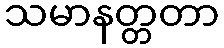
သမာနတ္တတာ